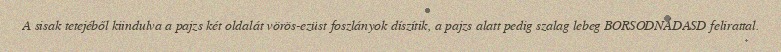
A sisak tetejéből kiindulva a pajzs két oldalát vörös-ezüst foszlányok díszítik, a pajzs alatt pedig szalag lebeg BORSODNÁDASD felirattal.